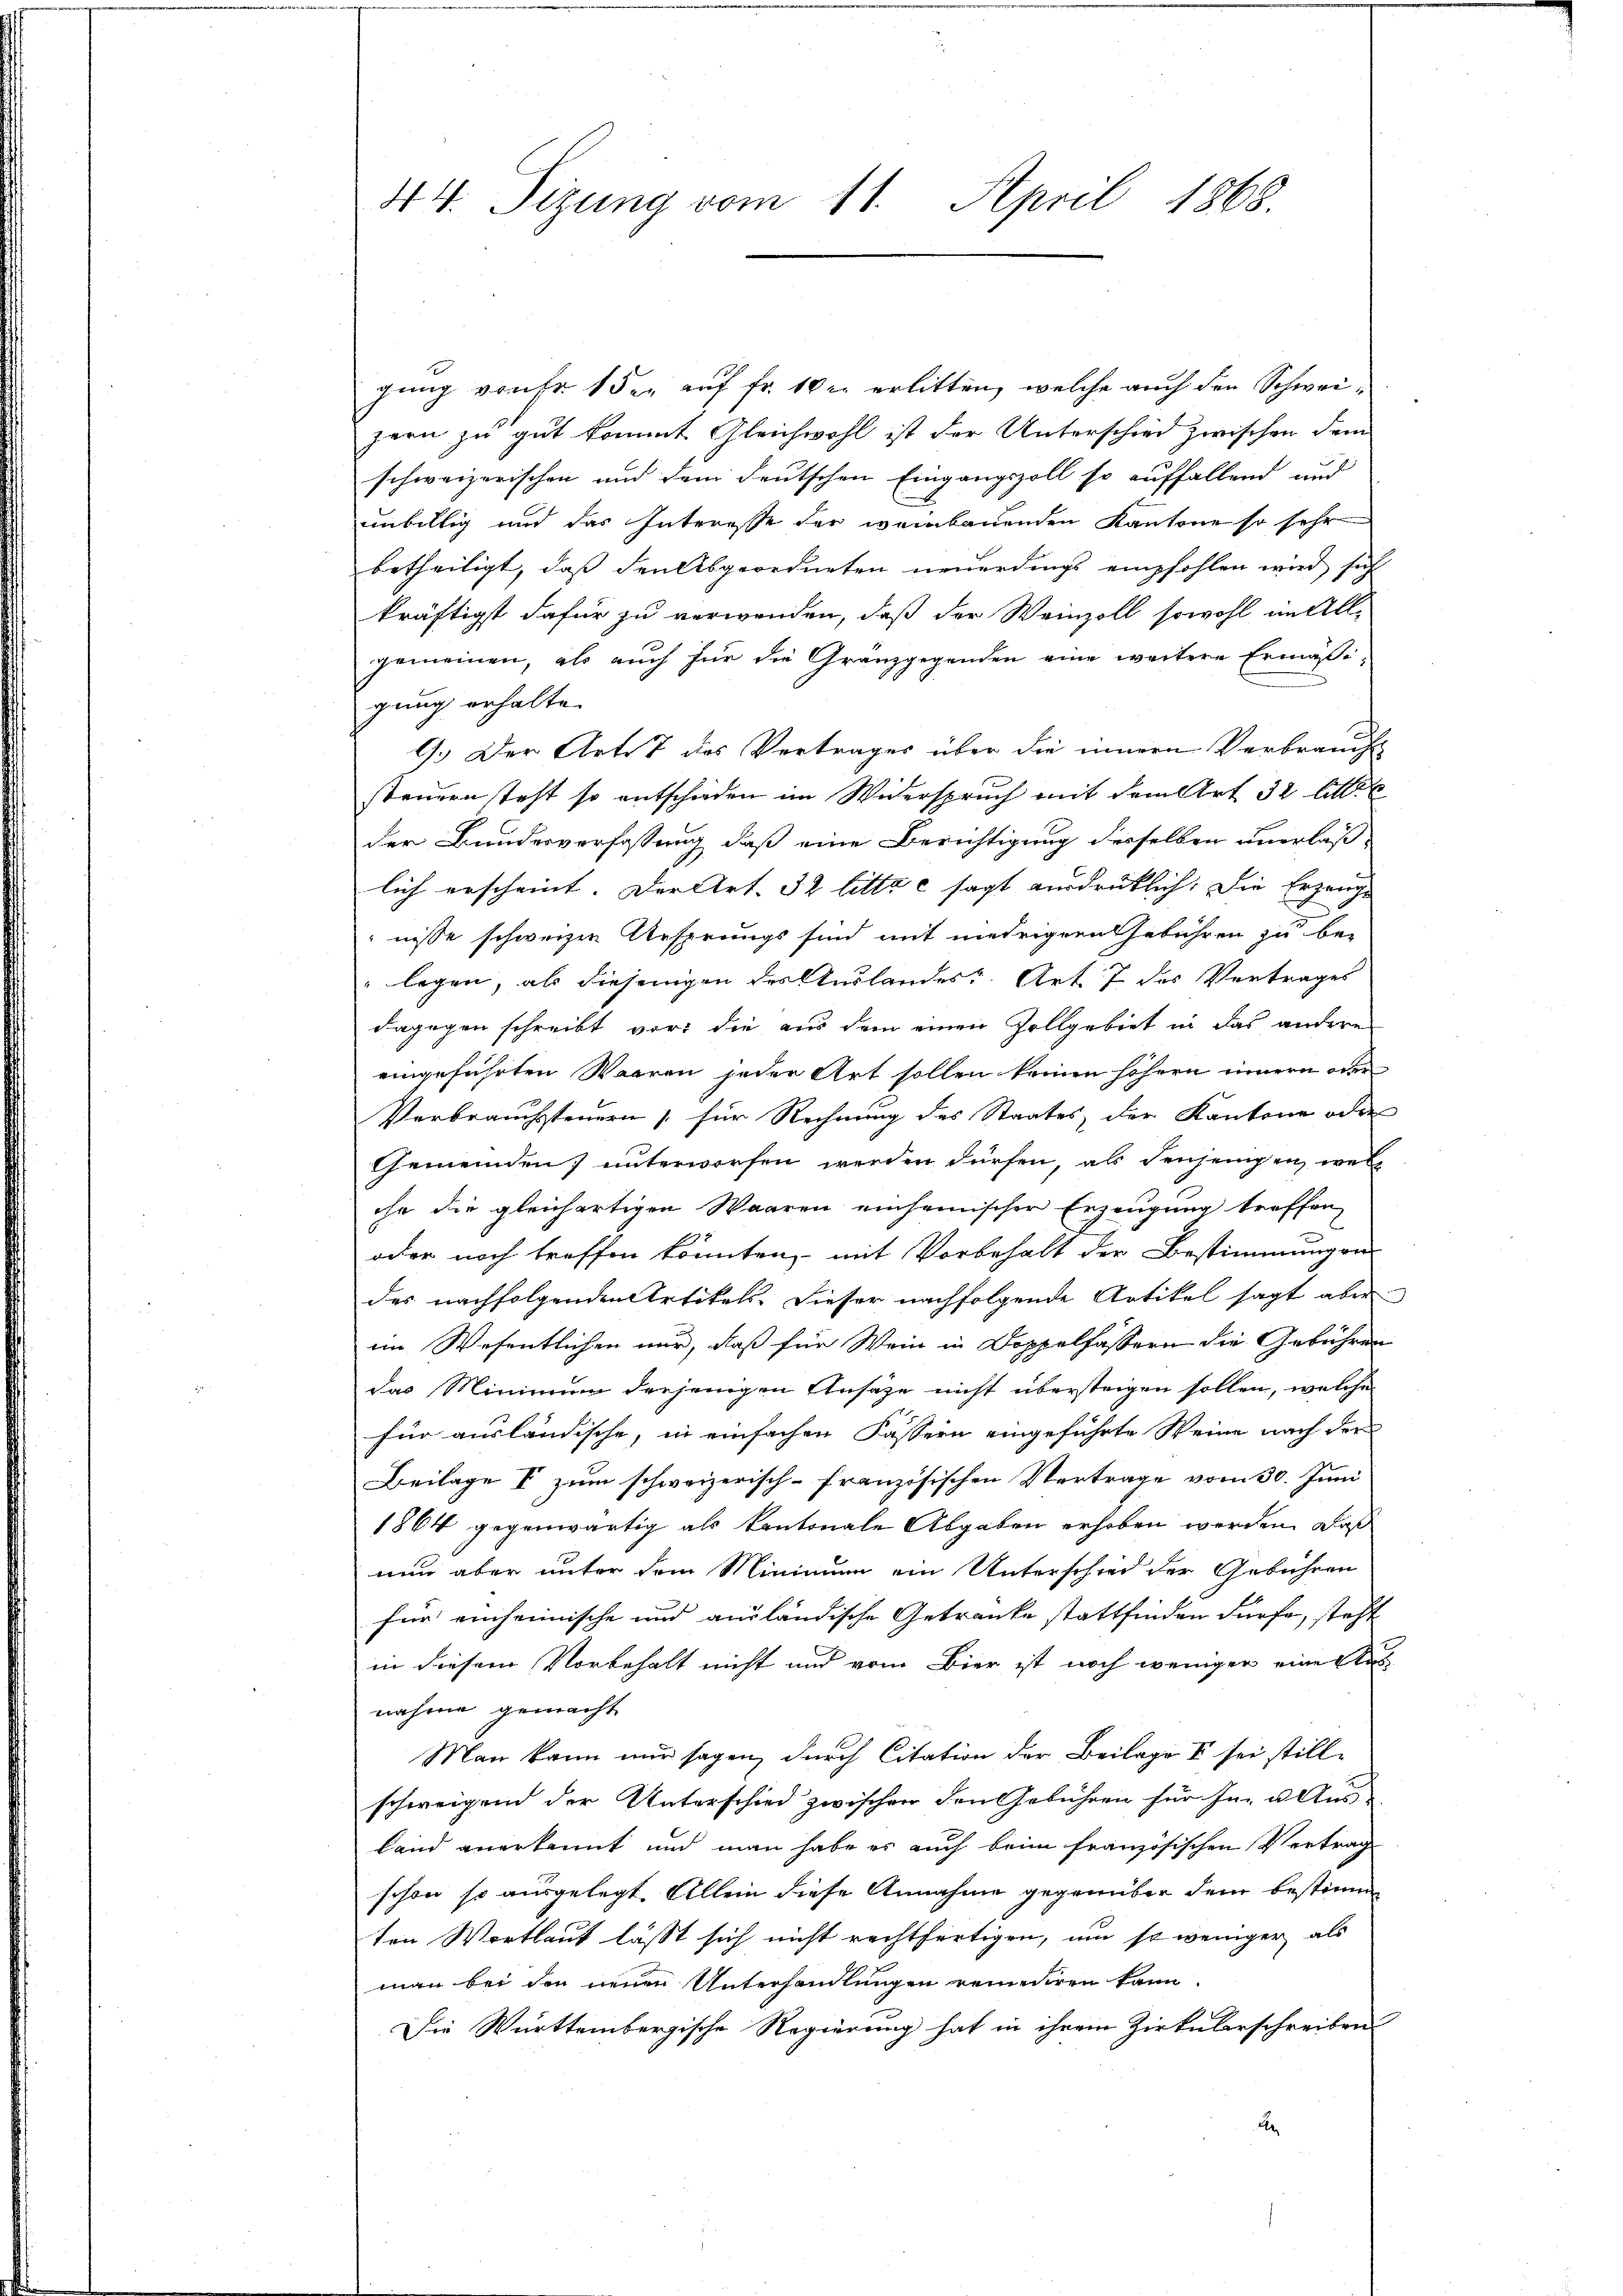
44. Sizung vom 11. April 1868.

gung von Fr. 1 den auf Fr. 100 erlitten, welche auch den Schweizern zu gut kommt Gleichwohl ist der Unterschied zwischen dem
schweizerischen und dem deutschen Eingangszoll so auffallend und
unbillig und das Interesse der weinbauenden Kantone so sehr
betheiligt, dass den Abgeordneten neuerdings empfohlen wird sich
kräftigst dafür zu verwenden, daß der Weinzoll sowohl im All-
gemeinen, als auch für die Granzgegenden eine weitere Ermäßigung erhalte.
G.) Der Artist des Vertrages über die innern Verbrauch
standen steht so entschieden im Widerspruch mit dem Art 32 litt.
der Bundesverfassung, daß eine Berichtigung desselben unerlaßlich erscheint. Der Art. 32 litte e sagt ausdrücklich. Die Erzeuge
nisse schweizer Ursprungs sind mit mehriger Gebühren zu be¬
" legen, als diejenigen der Auslandes. Art. 7 des Vertrages
dagegen schreibt vor, die aus dem einen Zollgebiet in das andere
eingeführten Waaren jeder Art sollen keinen höhern innern oder
Verbrauchssteuern für Rechnung des Staates, der Kantone oder
Gemeinden unterworfen werden dürfen, als denjenigen, wel
che die gleichartigen Waaren einheimischer Erzeugung treffen,
oder noch treffen könnten, mit Vorbehalt der Bestimmungen
des nachfolgenden Artikels. Dieser nachfolgende Artikel sagt aber
im Wesentlichen nur, daß für Wein in Doppelfassern die Gebühren
das Minimum diejenigen Ansätze nicht übersteigen sollen, welche
für ausländische, in einfachen Fassern eingeführte Weine nach der
Beilage I zum schweizerisch-französischen Vertrage vom 30. Juni
1864 gegenwärtig als kantonale Abgaben erhoben werden, daß
nun aber unter dem Minimum ein Unterschied der Gebühren
für einheimische und ausländische Getränke stattfinden dürfe, steht
in diesem Vorbehalt nicht und vom Bier ist noch weniger eine Ausnahme gemacht
Man kann nur sagen, durch Citation der Beilage I sei stillschweigend der Unterschied zwischen den Gebühren für In- u. Aus-
Land anerkannt und man habe es auch beim französischen Vertrag
schon so ausgelegt. Allein diese Annahme gegenüber dem bestimm
ten Wortlaut lässt sich nicht rechtfertigen, um so weniger als
man bei den neuen Unterhandlungen reineriren kann.
Die Württembergische Regierung hat in ihrem Zirkularschreiben
A